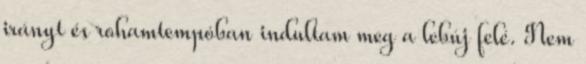
irányt és rohamtempóban indultam meg a lebúj felé. Nem